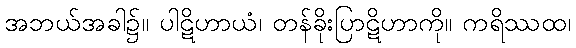
အဘယ်အခါ၌။ ပါဋိဟာယံ၊ တန်ခိုးပြာဋိဟာကို။ ကရိဿထ၊